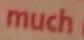
much